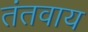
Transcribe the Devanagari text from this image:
तंतवाय